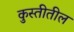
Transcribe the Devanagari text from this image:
कुस्तीतील